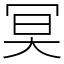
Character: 𠖇